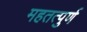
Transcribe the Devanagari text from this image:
महतत्पुर्ण